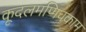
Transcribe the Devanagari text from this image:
कूदलमणिचकाम